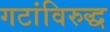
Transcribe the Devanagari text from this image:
गटांविरुद्ध